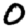
Digit: 0